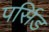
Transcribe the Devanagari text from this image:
पर्सिड